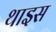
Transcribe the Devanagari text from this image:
थाइस